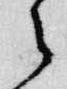
之